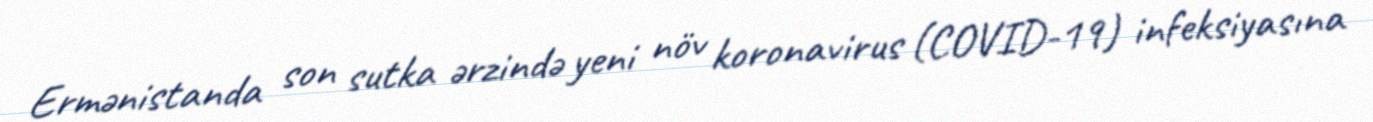
Ermənistanda son sutka ərzində yeni növ koronavirus (COVID-19) infeksiyasına